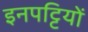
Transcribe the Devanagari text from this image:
इनपट्टियों